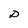
Character: D